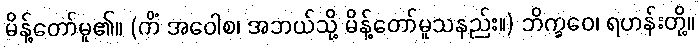
မိန့်တော်မူ၏။ (ကိံ အဝေါစ၊ အဘယ်သို့ မိန့်တော်မူသနည်း။) ဘိက္ခဝေ၊ ရဟန်းတို့။